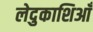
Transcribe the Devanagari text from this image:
लेदुकाशिआँ